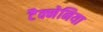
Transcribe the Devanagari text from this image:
टैक्मेनिया